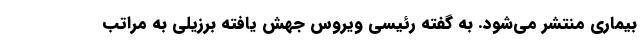
بیماری منتشر می‌شود. به گفته رئیسی ویروس جهش یافته برزیلی به مراتب